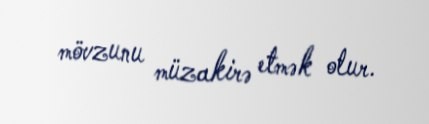
mövzunu müzakirə etmək olur.